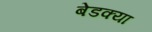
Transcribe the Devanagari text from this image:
बेडक्या